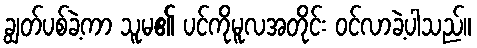
ချွတ်ပစ်ခဲ့ကာ သူမ၏ ပင်ကိုမူလအတိုင်း ဝင်လာခဲ့ပါသည်။